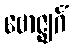
ဗောဇ္ဈင်္ဂံ